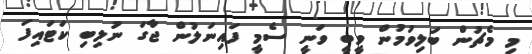
މި މެޗުން ބަލިވުމުން ވީބީ ވަނީ ސެމީ ފައިނަލުން ޖާގަ ނުލިބި ކަޓައިފަ